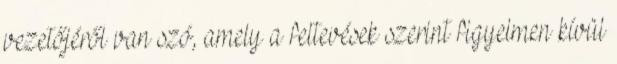
vezetőjéről van szó, amely a feltevések szerint figyelmen kívül